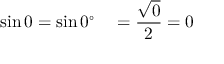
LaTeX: \sin 0 = \sin 0 ^ { \circ } \quad = { \frac { \sqrt { 0 } } { 2 } } = 0